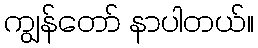
ကျွန်တော် နာပါတယ်။